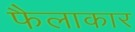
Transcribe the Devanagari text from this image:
फैलाकार